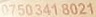
7503418021